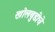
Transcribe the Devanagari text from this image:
खोलबुडीचे